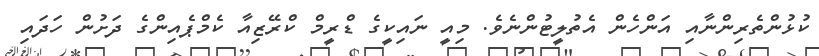
ކުޅުންތެރިންނާއި އަންހެން އެތުލީޓުންނެވެ. މިއީ ނައިކީގެ ޑްރީމް ކްރޭޒިއާ ކެމްޕެއިންގެ ދަށުން ހަދައި